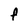
Character: F